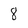
Character: 8